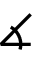
\measuredangle